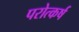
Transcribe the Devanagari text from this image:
परोत्कर्ष